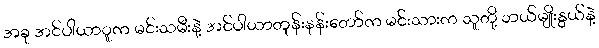
အခု အင်ပါယာဝူက မင်းသမီးနဲ့ အင်ပါယာတုန်းနန်းတော်က မင်းသားက သူတို့ ဘယ်မျိုးနွယ်နဲ့